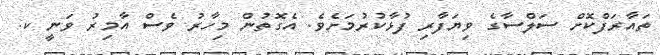
ތައާރަފްކޮށް ސަލްސާގެ ވިޔަފާރި ފުޅާކުރުމަށެެވެ. އެގޮތުން މިހާރު ވެސް އާމިރު ވަނީ ކ.